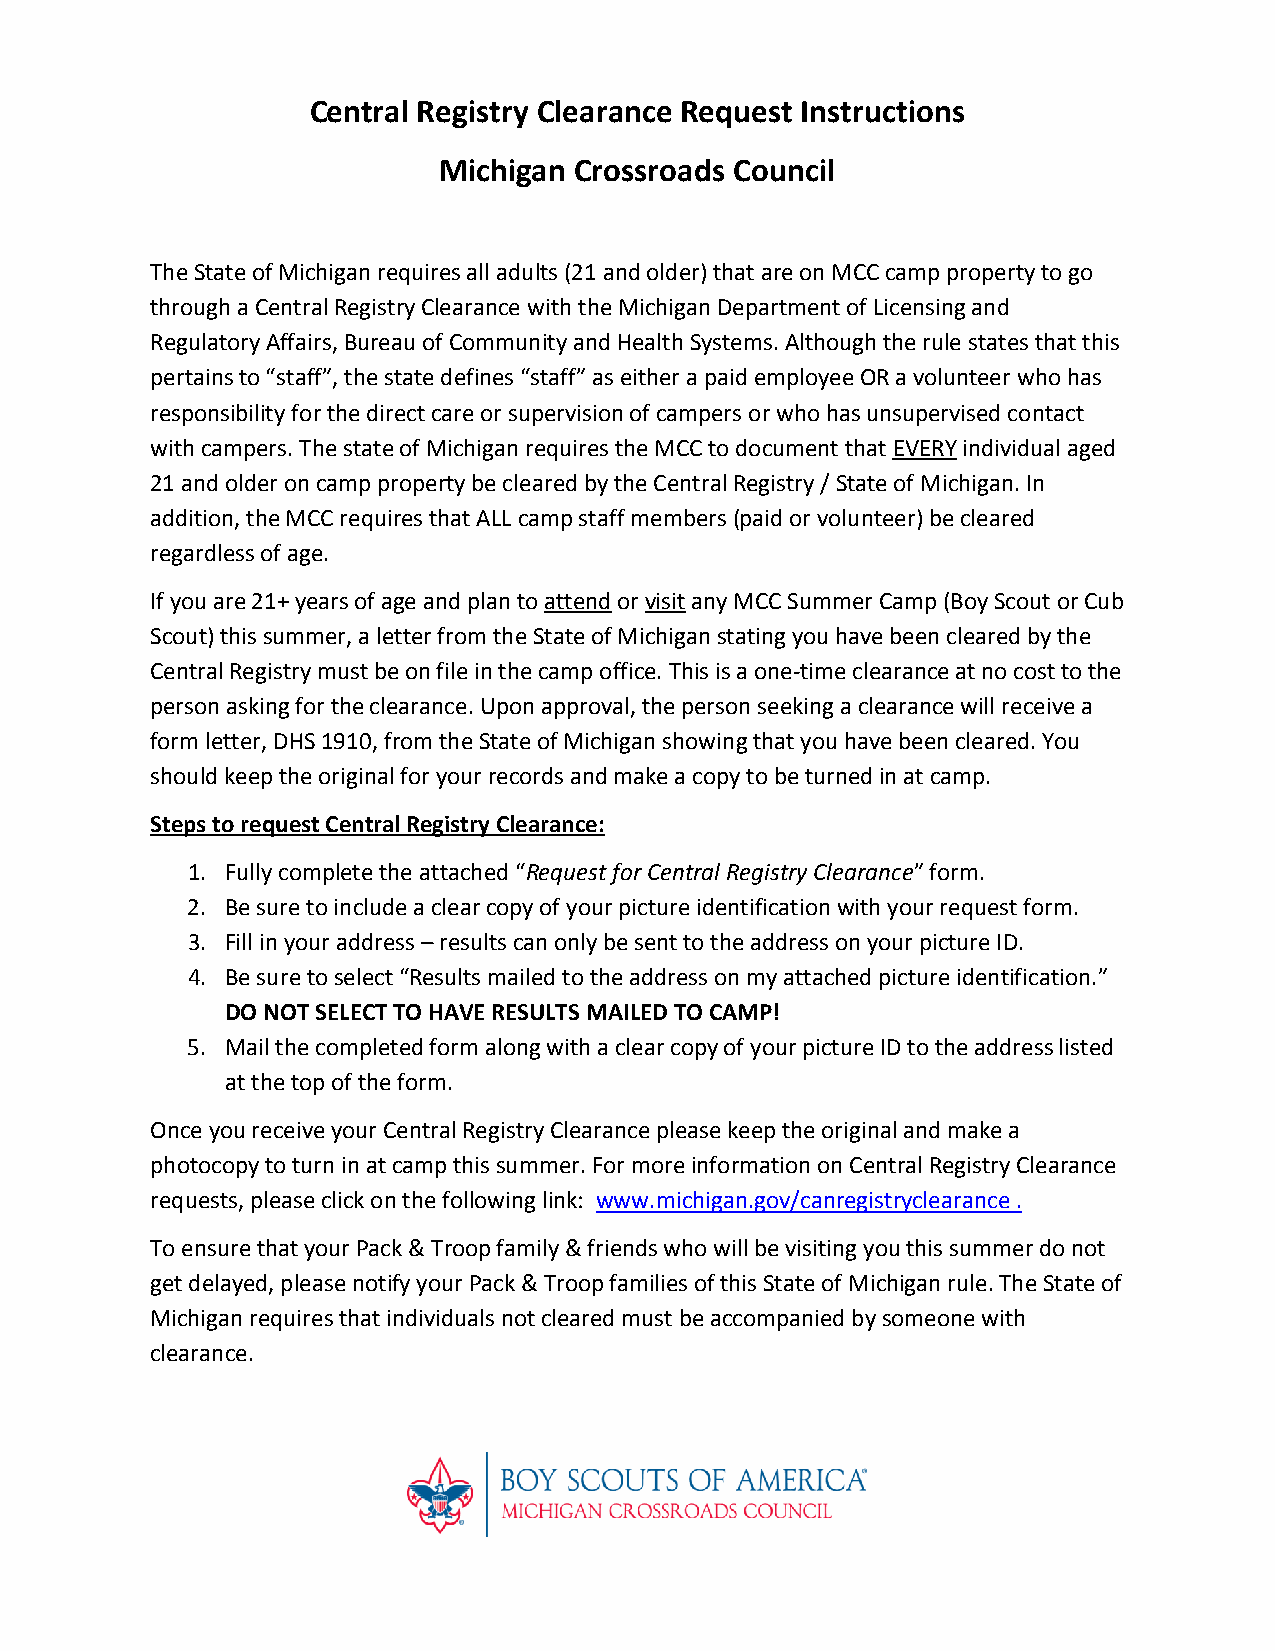
Central Registry Clearance Request Instructions
 Michigan Crossroads Council
 The State of Michigan requires all adults (21 and older) that are on MCC camp property to go
 through a Central Registry Clearance with the Michigan Department of Licensing and
 Regulatory Affairs, Bureau of Community and Health Systems. Although the rule states that this
 pertains to “staff”, the state defines “staff” as either a paid employee OR a volunteer who has
 responsibility for the direct care or supervision of campers or who has unsupervised contact
 with campers. The state of Michigan requires the MCC to document that EVERY individual aged
 21 and older on camp property be cleared by the Central Registry / State of Michigan. In
 addition, the MCC requires that ALL camp staff members (paid or volunteer) be cleared
 regardless of age.
 If you are 21+ years of age and plan to attend or visit any MCC Summer Camp (Boy Scout or Cub
 Scout) this summer, a letter from the State of Michigan stating you have been cleared by the
 Central Registry must be on file in the camp office. This is a one-time clearance at no cost to the
 person asking for the clearance. Upon approval, the person seeking a clearance will receive a
 form letter, DHS 1910, from the State of Michigan showing that you have been cleared. You
 should keep the original for your records and make a copy to be turned in at camp.
 Steps to request Central Registry Clearance:
 1. Fully complete the attached “Request for Central Registry Clearance” form.
 2. Be sure to include a clear copy of your picture identification with your request form.
 3. Fill in your address – results can only be sent to the address on your picture ID.
 4. Be sure to select “Results mailed to the address on my attached picture identification.”
 DO NOT SELECT TO HAVE RESULTS MAILED TO CAMP!
 5. Mail the completed form along with a clear copy of your picture ID to the address listed
 at the top of the form.
 Once you receive your Central Registry Clearance please keep the original and make a
 photocopy to turn in at camp this summer. For more information on Central Registry Clearance
 requests, please click on the following link: www.michigan.gov/canregistryclearance .
 To ensure that your Pack & Troop family & friends who will be visiting you this summer do not
 get delayed, please notify your Pack & Troop families of this State of Michigan rule. The State of
 Michigan requires that individuals not cleared must be accompanied by someone with
 clearance.